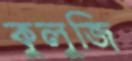
কুলুজি